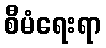
စီမံရေးရာ